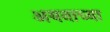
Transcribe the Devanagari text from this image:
अयनाच्या